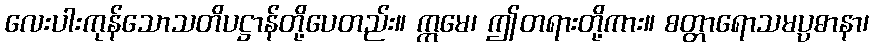
လေးပါးကုန်သောသတိပဋ္ဌာန်တို့ပေတည်း။ ဣမေ၊ ဤတရားတို့ကား။ စတ္တာရောသမပ္ပဓာနာ၊